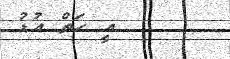
އީ ހަތް އުޑު